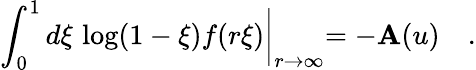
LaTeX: \int_{0}^{1}d\xi\, \log(1-\xi)f(r\xi)\biggl|_{r\to\infty}=-\mathbf{A}(u)\quad.